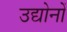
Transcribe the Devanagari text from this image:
उद्योनों